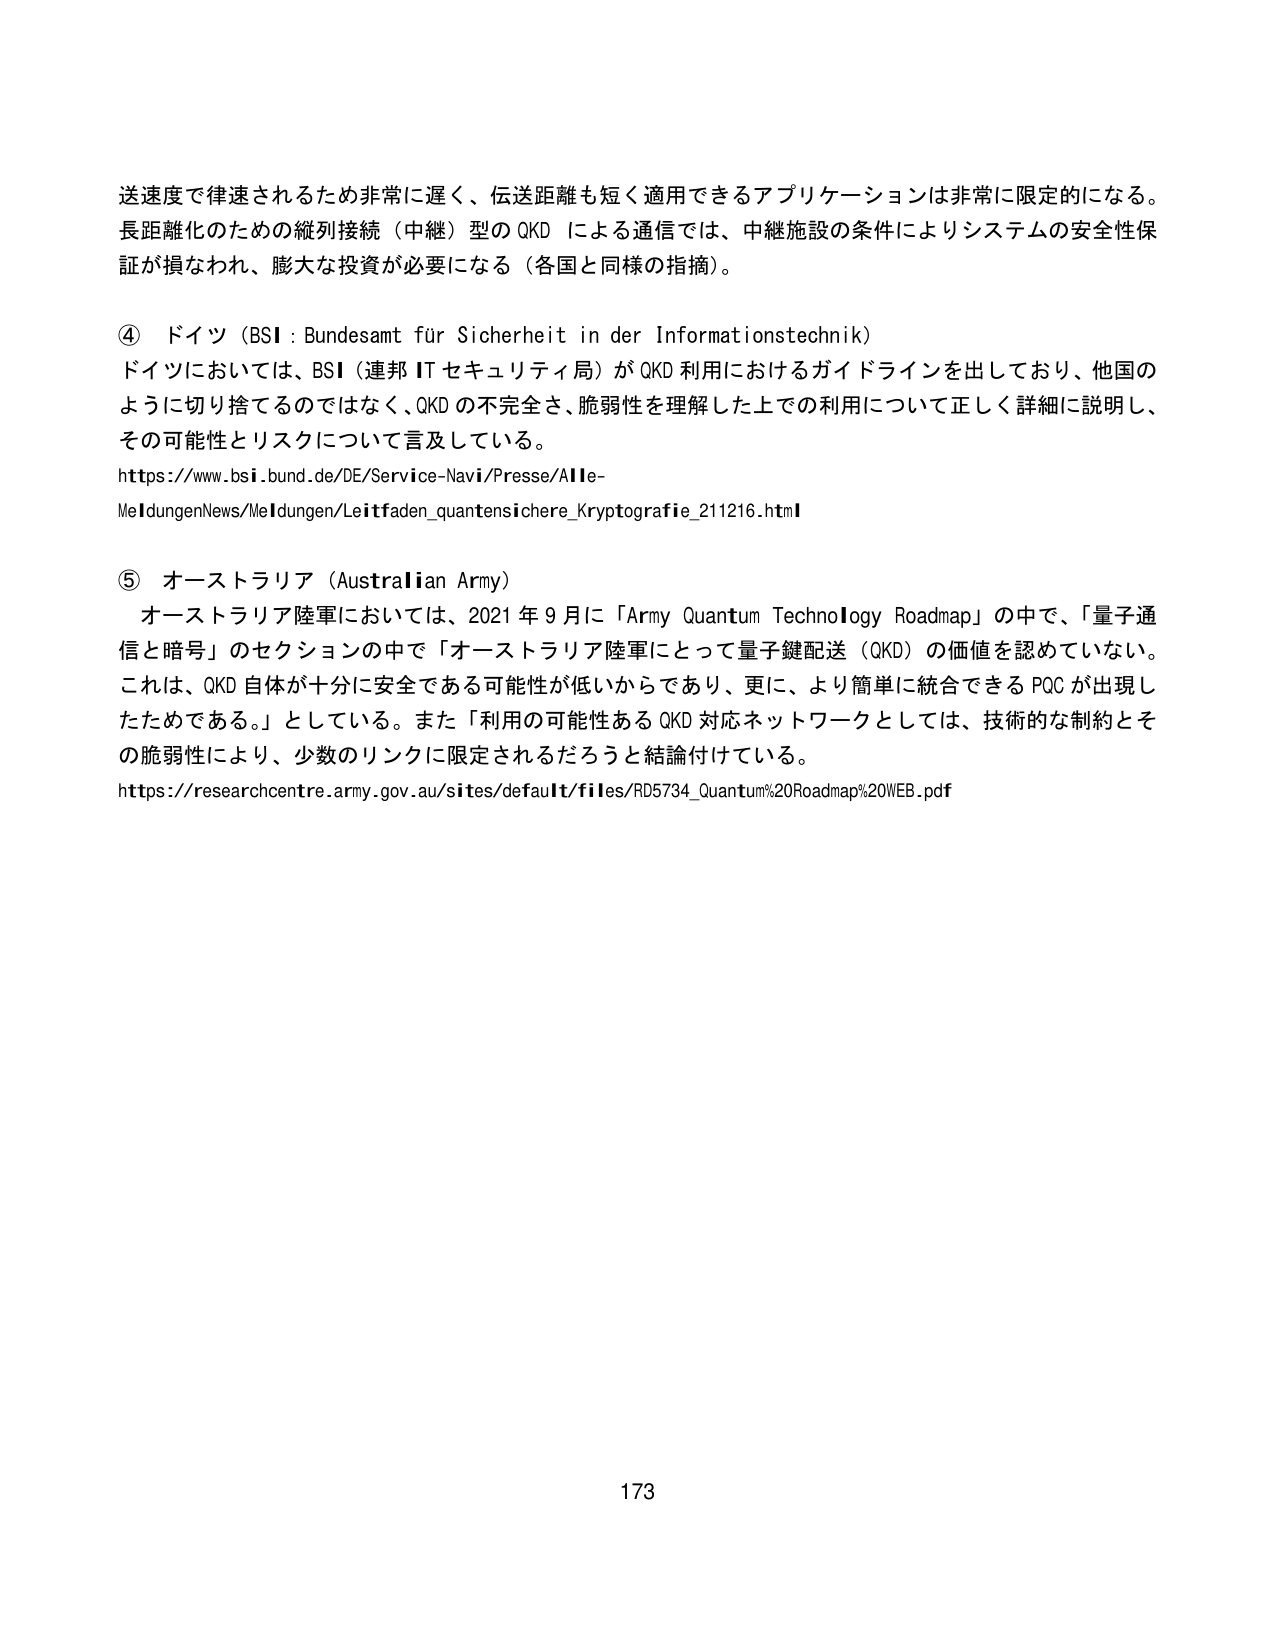
送速度で律速されるため非常に遅く、伝送距離も短く適用できるアプリケーションは非常に限定的になる。
長距離化のための縦列接続（中継）型の QKD による通信では、中継施設の条件によりシステムの安全性保証が損なわれ、膨大な投資が必要になる（各国と同様の指摘）。

④ ドイツ（BSI : Bundesamt für Sicherheit in der Informationstechnik）
ドイツにおいては、BSI（連邦 IT セキュリティ局）が QKD 利用におけるガイドラインを出しており、他国のように切り捨てるのではなく、QKD の不完全さ、脆弱性を理解した上での利用について正しく詳細に説明し、その可能性とリスクについて言及している。
https://www.bsi.bund.de/DE/Service-Navi/Presse/Alle-MeldungenNews/Meldungen/Leitfaden_quantensichere_Kryptografie_211216.html

⑤ オーストラリア（Australian Army）
オーストラリア陸軍においては、2021 年 9 月に「Army Quantum Technology Roadmap」の中で、「量子通信と暗号」のセクションの中で「オーストラリア陸軍にとって量子鍵配送（QKD）の価値を認めていない。これは、QKD 自体が十分に安全である可能性が低いからであり、更に、より簡単に統合できる PQC が出現したためである。」としている。また「利用の可能性ある QKD 対応ネットワークとしては、技術的な制約とその脆弱性により、少数のリンクに限定されるだろうと結論付けている。
https://researchcentre.army.gov.au/sites/default/files/RD5734_Quantum%20Roadmap%20WEB.pdf

173